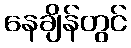
နေချိန်တွင်